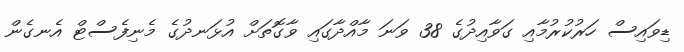
ޑިވައިސް ހަރުކުރުމާއި ގަވާއިދުގެ 38 ވަނަ މާއްދާގައި ވާގޮތަށް އުޅަނދުގެ މެނިފެސްޓް އެނގެން